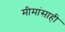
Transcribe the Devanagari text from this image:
मीमांसाही